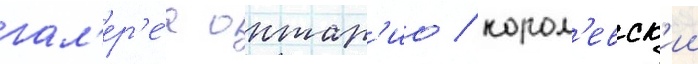
гал'ер'е́я онтар'ио / корол'евск'ии